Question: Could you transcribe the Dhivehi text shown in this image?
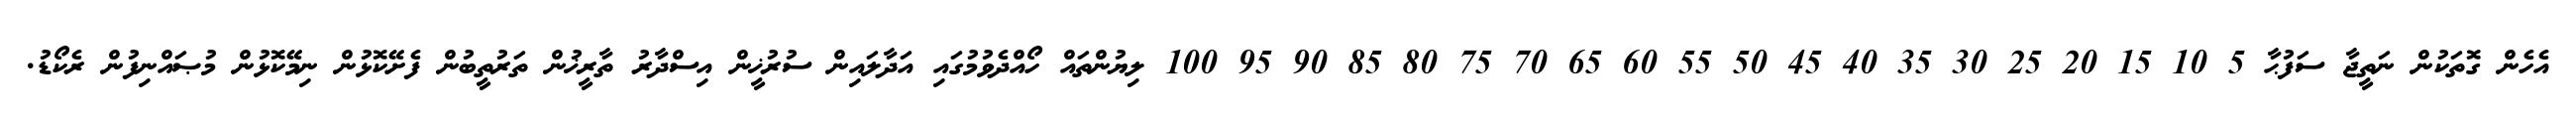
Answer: އެހެން ގޮތަކުން ނަތީޖާ ސަފުޙާ 5 10 15 20 25 30 35 40 45 50 55 60 65 70 75 80 85 90 95 100 ލިޔުންތައް ހޯއްދެވުމުގައި އަދާލައިން ސުރުޚީން އިސްދާރު ތާރީޚުން ތަރުތީބުން ފެށޭކޮޅުން ނިމޭކޮޅުން މުޞައްނިފުން ރެކޯޑު.